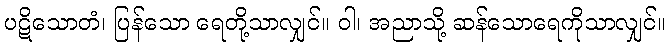
ပဋိသောတံ၊ ပြန်သော ရေတို့သာလျှင်။ ဝါ၊ အညာသို့ ဆန်သောရေကိုသာလျှင်။